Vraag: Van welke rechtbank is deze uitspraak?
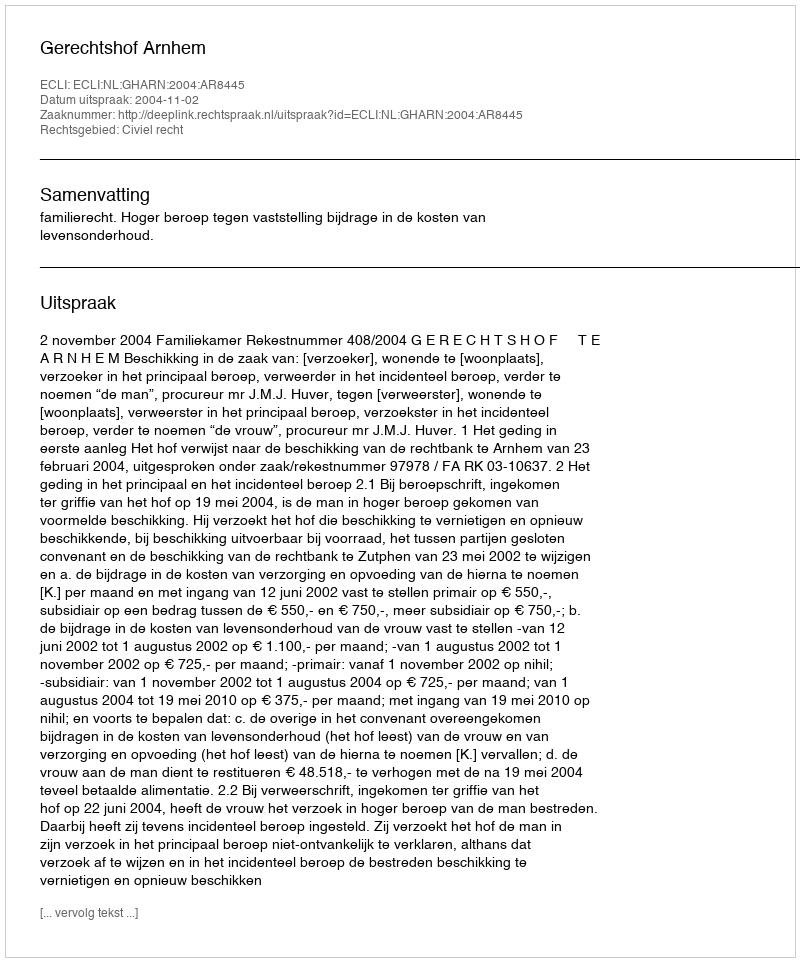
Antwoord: Gerechtshof Arnhem